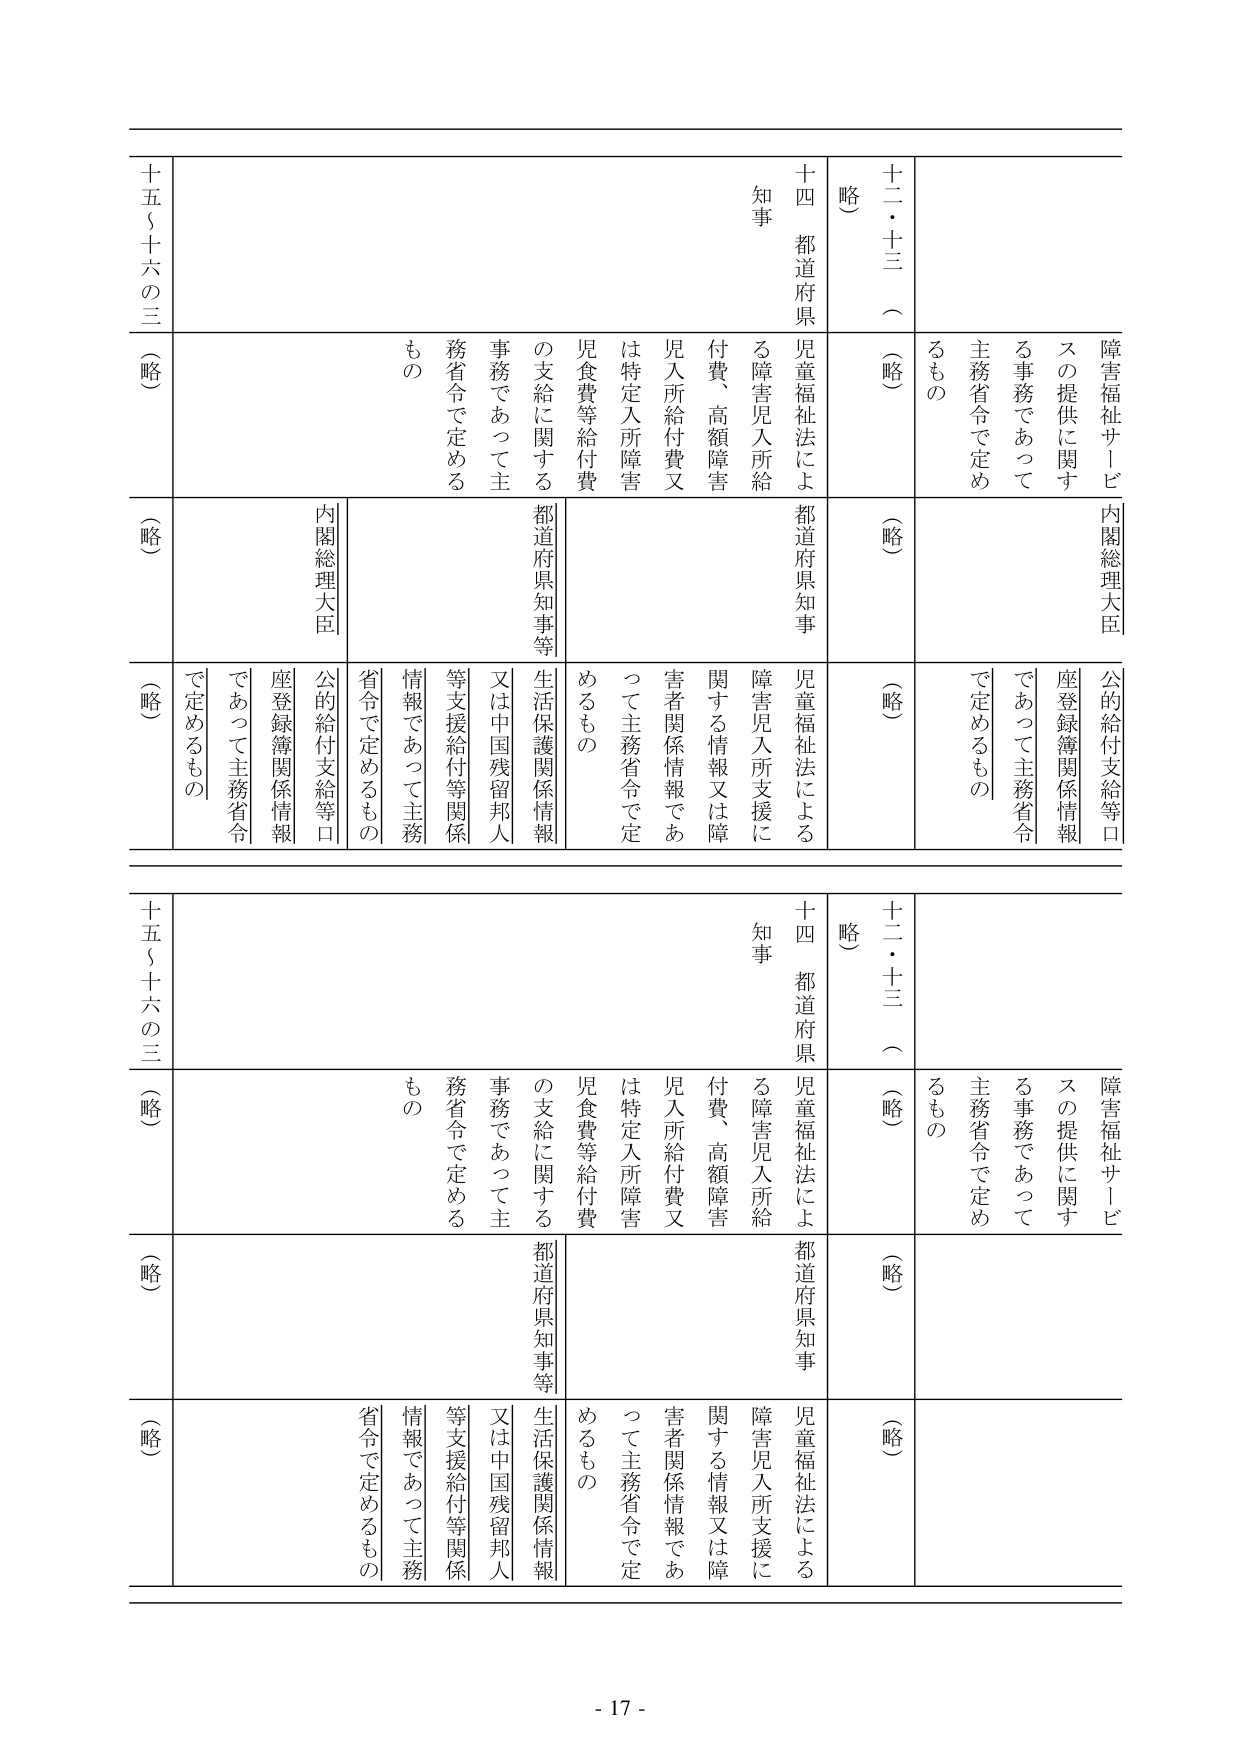
障害福祉サービスの提供に関する事務であって主務省令で定めるもの
十二・十三（略）
（略）
十四 都道府県知事
児童福祉法による障害児入所給付費、高額障害児入所給付費又は特定入所障害児食費等給付費の支給に関する事務であって主務省令で定めるもの
内閣総理大臣
公的給付支給等口座登録簿関係情報であって主務省令で定めるもの
十五～十六の三（略）
（略）
都道府県知事等
生活保護関係情報又は中国残留邦人等支援給付等関係情報であって主務省令で定めるもの
（略）
障害福祉サービスの提供に関する事務であって主務省令で定めるもの
十二・十三（略）
（略）
十四 都道府県知事
児童福祉法による障害児入所支援に関する情報又は障害者関係情報であって主務省令で定めるもの
内閣総理大臣
公的給付支給等口座登録簿関係情報であって主務省令で定めるもの
十五～十六の三（略）
（略）
都道府県知事等
生活保護関係情報又は中国残留邦人等支援給付等関係情報であって主務省令で定めるもの
（略）
- 17 -